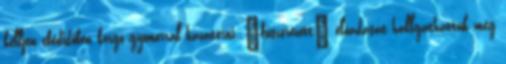
kelljen ebédidőben korgó gyomorral hazatérni. „fűszerezett” előadását hallgathattuk meg